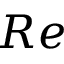
R e